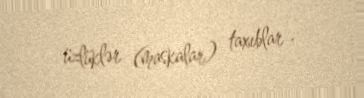
üzlüklər (maskalar) taxıblar .